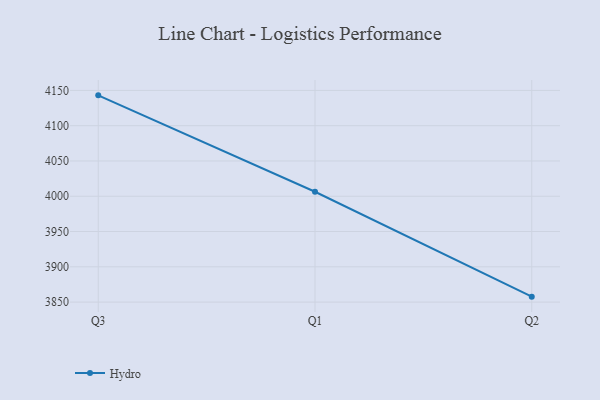
{"axis": {"x": "Quarter", "y": "Market Share (%)"}, "legend": ["Hydro"], "data": [{"x": "Q3", "y": 4143.0, "type": "Hydro"}, {"x": "Q1", "y": 4006.4, "type": "Hydro"}, {"x": "Q2", "y": 3857.7, "type": "Hydro"}]}